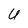
Character: U